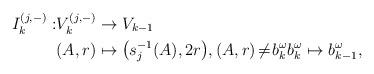
LaTeX: \begin{align*}I^{(j,-)}_k: &V^{(j,-)}_{k}\to V_{k-1}\\ &(A,r)\mapsto \big(s_j^{-1}(A), 2r\big), (A,r)\!\not=\!b_{k}^\omega b_{k}^\omega\mapsto b_{k-1}^\omega,\end{align*}